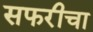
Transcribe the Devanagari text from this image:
सफरीचा